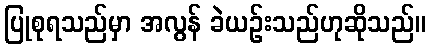
ပြုစုရသည်မှာ အလွန် ခဲယဉ်းသည်ဟုဆိုသည်။